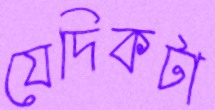
যেদিকটা